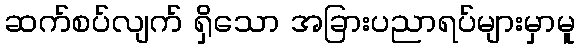
ဆက်စပ်လျက် ရှိသော အခြားပညာရပ်များမှာမူ